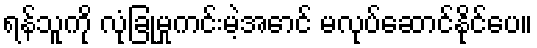
ရန်သူကို လုံခြုံမှုကင်းမဲ့အောင် မလုပ်ဆောင်နိုင်ပေ။